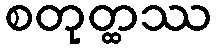
စတုတ္ထဿ